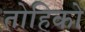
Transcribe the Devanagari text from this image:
तोहिको